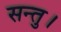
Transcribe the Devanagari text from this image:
सन्तु।